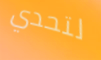
لتحدي